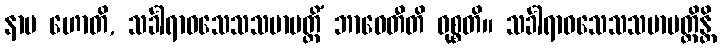
နာမ ဟောတိ, သင်္ခါရာဝသေသသမာပတ္တိံ ဘာဝေတီတိ ဝုစ္စတိ။ သင်္ခါရာဝသေသသမာပတ္တိန္တိ